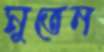
মুতেন